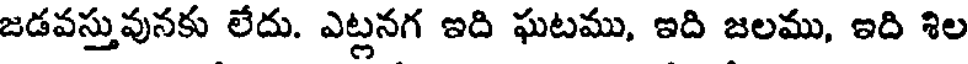
జడవస్తువునకు లేదు. ఎట్లనగ ఇది ఘటము, ఇది జలము, ఇది శిల